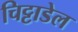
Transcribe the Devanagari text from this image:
चिट्टाडेल